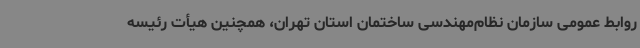
روابط عمومی سازمان نظام‌مهندسی ساختمان استان تهران، همچنین هیأت رئیسه